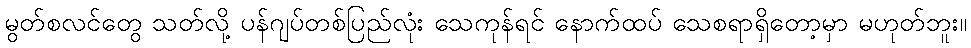
မွတ်စလင်တွေ သတ်လို့ ပန်ဂျပ်တစ်ပြည်လုံး သေကုန်ရင် နောက်ထပ် သေစရာရှိတော့မှာ မဟုတ်ဘူး။